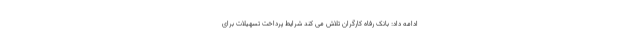
ادامه داد: بانک رفاه کارگران تلاش می کند شرایط پرداخت تسهیلات برای